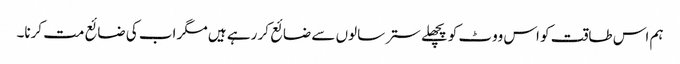
ہم اس طاقت کو اس ووٹ کو پچھلے ستر سالوں سے ضائع کر رہے ہیں مگر اب کی ضائع مت کرنا۔